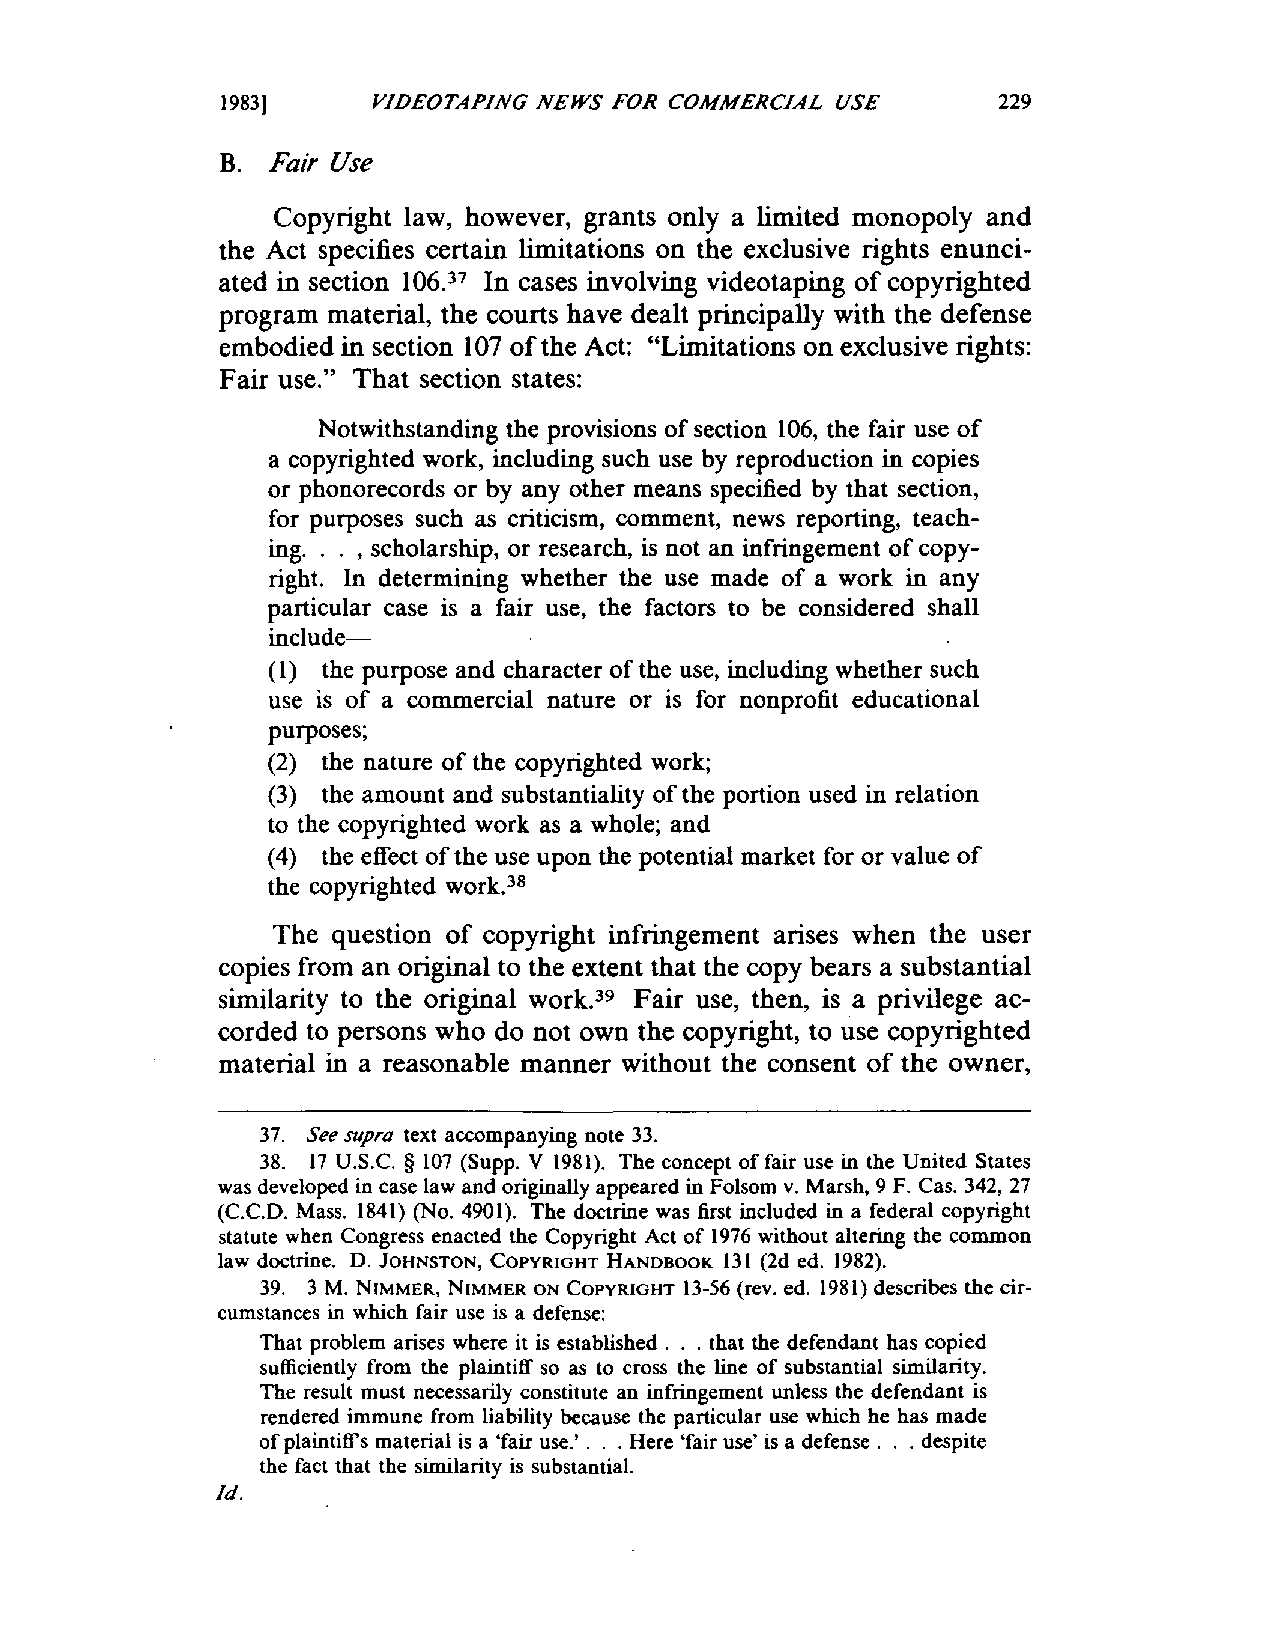
1983)     VIDEOTAPING NEWS FOR COMMERCIAL USE      229
 B. Fair Use
 Copyright law, however, grants only a limited monopoly and
 the Act specifies certain limitations on the exclusive rights enunci­
 ated in section 106.37 In cases involving videotaping of copyrighted
 program material, the courts have dealt principally with the defense
 embodied in section 107 of the Act: "Limitations on exclusive rights:
 Fair use." That section states:
 Notwithstanding the provisions of section 106, the fair use of
 a copyrighted work, including such use by reproduction in copies
 or phonorecords or by any other means specified by that section,
 for purposes such as criticism, comment, news reporting, teach­
 ing. . . ,scholarship, or research, is not an infringement of copy­
 right. In determining whether the use made of a work in any
 particular case is a fair use, the factors to be considered shall
 include­
 (1) the purpose and character of the use, including whether such
 use is of a commercial nature or is for nonprofit educational
 purposes;
 (2) the nature of the copyrighted work;
 (3) the amount and substantiality of the portion used in relation
 to the copyrighted work as a whole; and
 (4) the effect of the use upon the potential market for or value of
 the copyrighted work.
 38
 The question of copyright infringement arises when the user
 copies from an original to the extent that the copy bears a substantial
 similarity to the original work.39 Fair use, then, is a privilege ac­
 corded to persons who do not own the copyright, to use copyrighted
 material in a reasonable manner without the consent of the owner,
 37. See supra text accompanying note 33.
 38. 17 U.S.C. § 107 (Supp. v 1981). The concept of fair use in the United States
 was developed in case law and originally appeared in Folsom v. Marsh, 9 F. Cas. 342, 27
 (C.C.O. Mass. 1841) (No. 4901). The doctrine was first included in a federal copyright
 statute when Congress enacted the Copyright Act of 1976 without altering the common
 law doctrine. O. JOHNSTON, COPYRIGHT HANDBOOK 131 (2d ed. 1982).
 39. 3 M. NIMMER, NIMMER ON COPYRIGHT 13-56 (rev. ed. 1981) describes the cir­
 cumstances in which fair use is a defense:
 That problem arises where it is established. . . that the defendant has copied
 sufficiently from the plaintiff so as to cross the line of substantial similarity.
 The result must necessarily constitute an infringement unless the defendant is
 rendered immune from liability because the particular use which he has made
 of plaintiffs material is a 'fair use.' . . . Here 'fair use' is a defense. . . despite
 the fact that the similarity is substantial.
 /d.